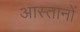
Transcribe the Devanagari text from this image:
आस्तानों